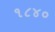
૧૮૪૦